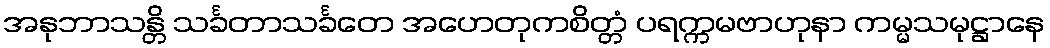
အနုဘာသန္တိ သင်္ခတာသင်္ခတေ အဟေတုကစိတ္တံ ပရက္ကမဗာဟုနာ ကမ္မသမုဋ္ဌာနေ